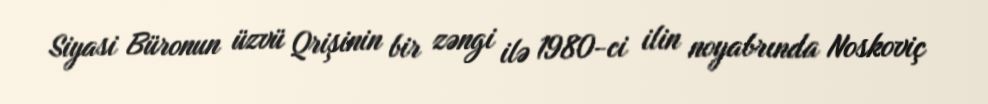
Siyasi Büronun üzvü Qrişinin bir zəngi ilə 1980-ci ilin noyabrında Noskoviç